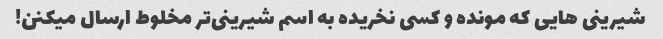
شیرینی هایی که مونده و کسی نخریده به اسم شیرینی‌تر مخلوط ارسال میکنن!